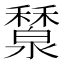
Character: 𥣤